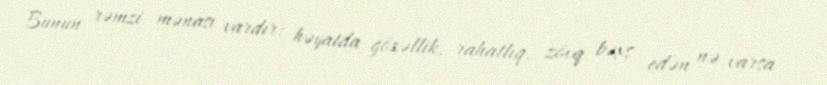
Bunun rəmzi mənası vardır: həyatda gözəllik, rahatlıq, zövq bəxş edən nə varsa